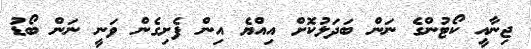
ޖިނާއީ ކޯޓުންގެ ނަން ބަދަލުކޮށް އިއްޔެ އިން ފެށިގެން ވަނީ ނަން ބޯޑު